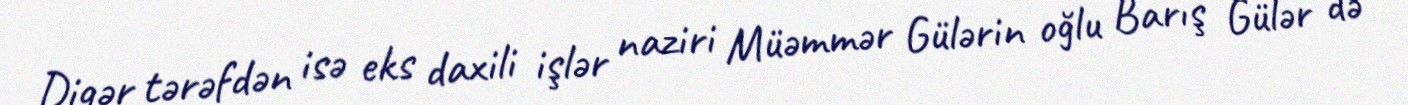
Digər tərəfdən isə eks daxili işlər naziri Müəmmər Gülərin oğlu Barış Gülər də